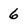
Character: 6